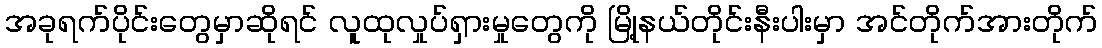
အခုရက်ပိုင်းတွေမှာဆိုရင် လူထုလှုပ်ရှားမှုတွေကို မြို့နယ်တိုင်းနီးပါးမှာ အင်တိုက်အားတိုက်